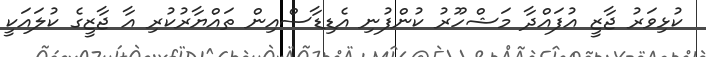
ކުޅިވަރު ޖާޒީ އުފައްދާ މަޝްހޫރު ކުންފުނި އެޑިޑާސްއިން ތައްޔާރުކުރި އާ ޖާޒީގެ ކުލައަކީ